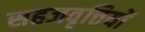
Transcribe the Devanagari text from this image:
सहजवृत्तियों